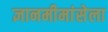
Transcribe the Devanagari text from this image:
ज्ञानमीमांसेला